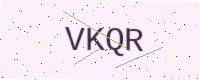
Text: VKQR